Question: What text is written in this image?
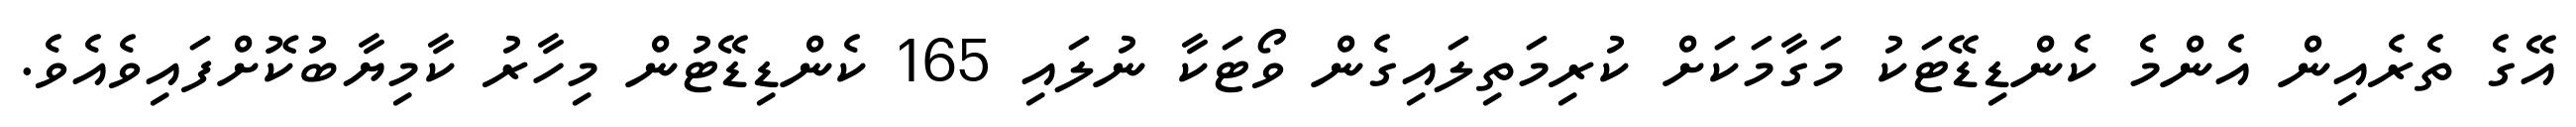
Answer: އޭގެ ތެރެއިން އެންމެ ކެންޑިޑޭޓަކު މަގާމަކަށް ކުރިމަތިލައިގެން ވޯޓަކާ ނުލައި 165 ކެންޑިޑޭޓުން މިހާރު ކާމިޔާބުކޮށްފައިވެއެވެ.